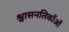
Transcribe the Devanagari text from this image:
श्वासनलिकाँओं